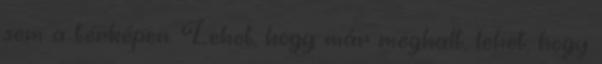
sem a térképen. Lehet, hogy már meghalt, lehet, hogy